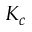
K _ { c }